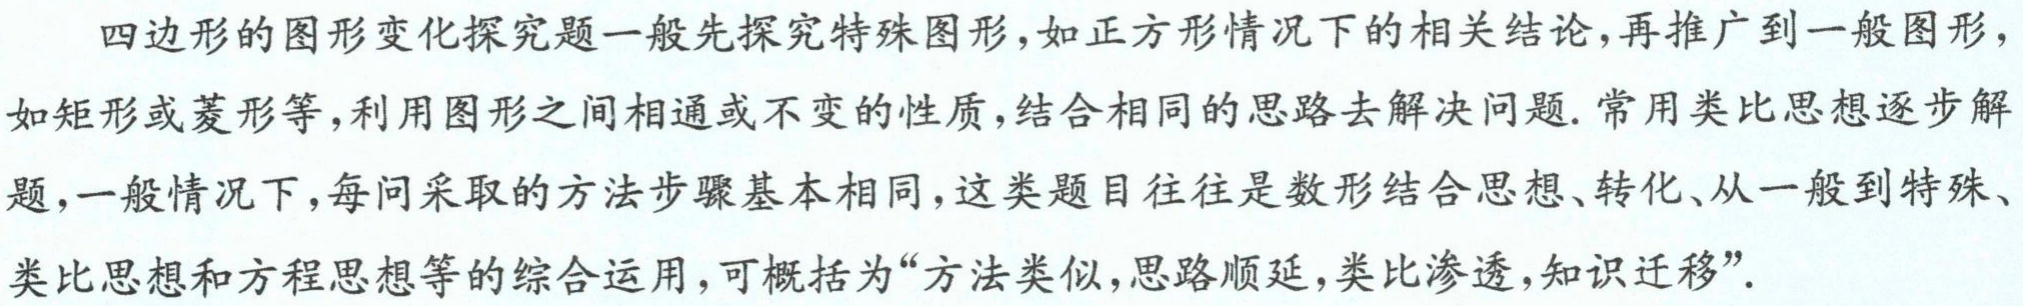
四边形的图形变化探究题一般先探究特殊图形，如正方形情况下的相关结论，再推广到一般图形，如矩形或菱形等，利用图形之间相通或不变的性质，结合相同的思路去解决问题. 常用类比思想逐步解题，一般情况下，每问采取的方法步骤基本相同，这类题目往往是数形结合思想、转化、从一般到特殊、类比思想和方程思想等的综合运用，可概括为“方法类似，思路顺延，类比渗透，知识迁移”.